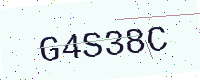
Text: G4S38C